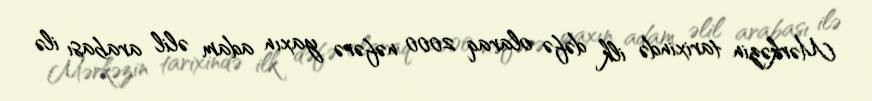
Mərkəzin tarixində ilk dəfə olaraq 2000 nəfərə yaxın adam əlil arabası ilə